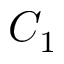
C _ { 1 }